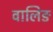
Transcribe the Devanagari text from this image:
वालिङ